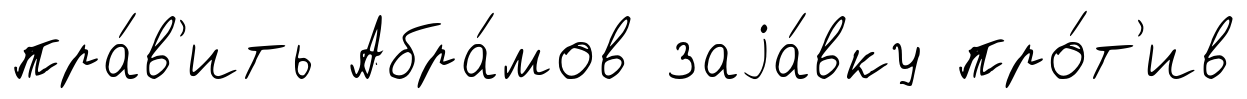
пра́в'ить Абра́мов заjа́вку про́т'ив